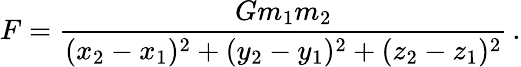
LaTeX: F=\frac{Gm_{1}m_{2}}{(x_{2}-x_{1})^{2}+(y_{2}-y_{1})^{2}+(z_{2}-z_{1})^{2}}\, .